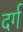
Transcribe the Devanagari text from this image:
दर्ग